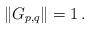
LaTeX: \begin{align*}\|G_{p,q}\| = 1 \,.\end{align*}